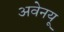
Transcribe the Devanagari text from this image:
अवेनयू